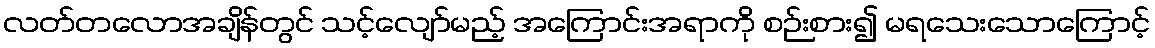
လတ်တလောအချိန်တွင် သင့်လျော်မည့် အကြောင်းအရာကို စဉ်းစား၍ မရသေးသောကြောင့်